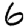
Digit: 6